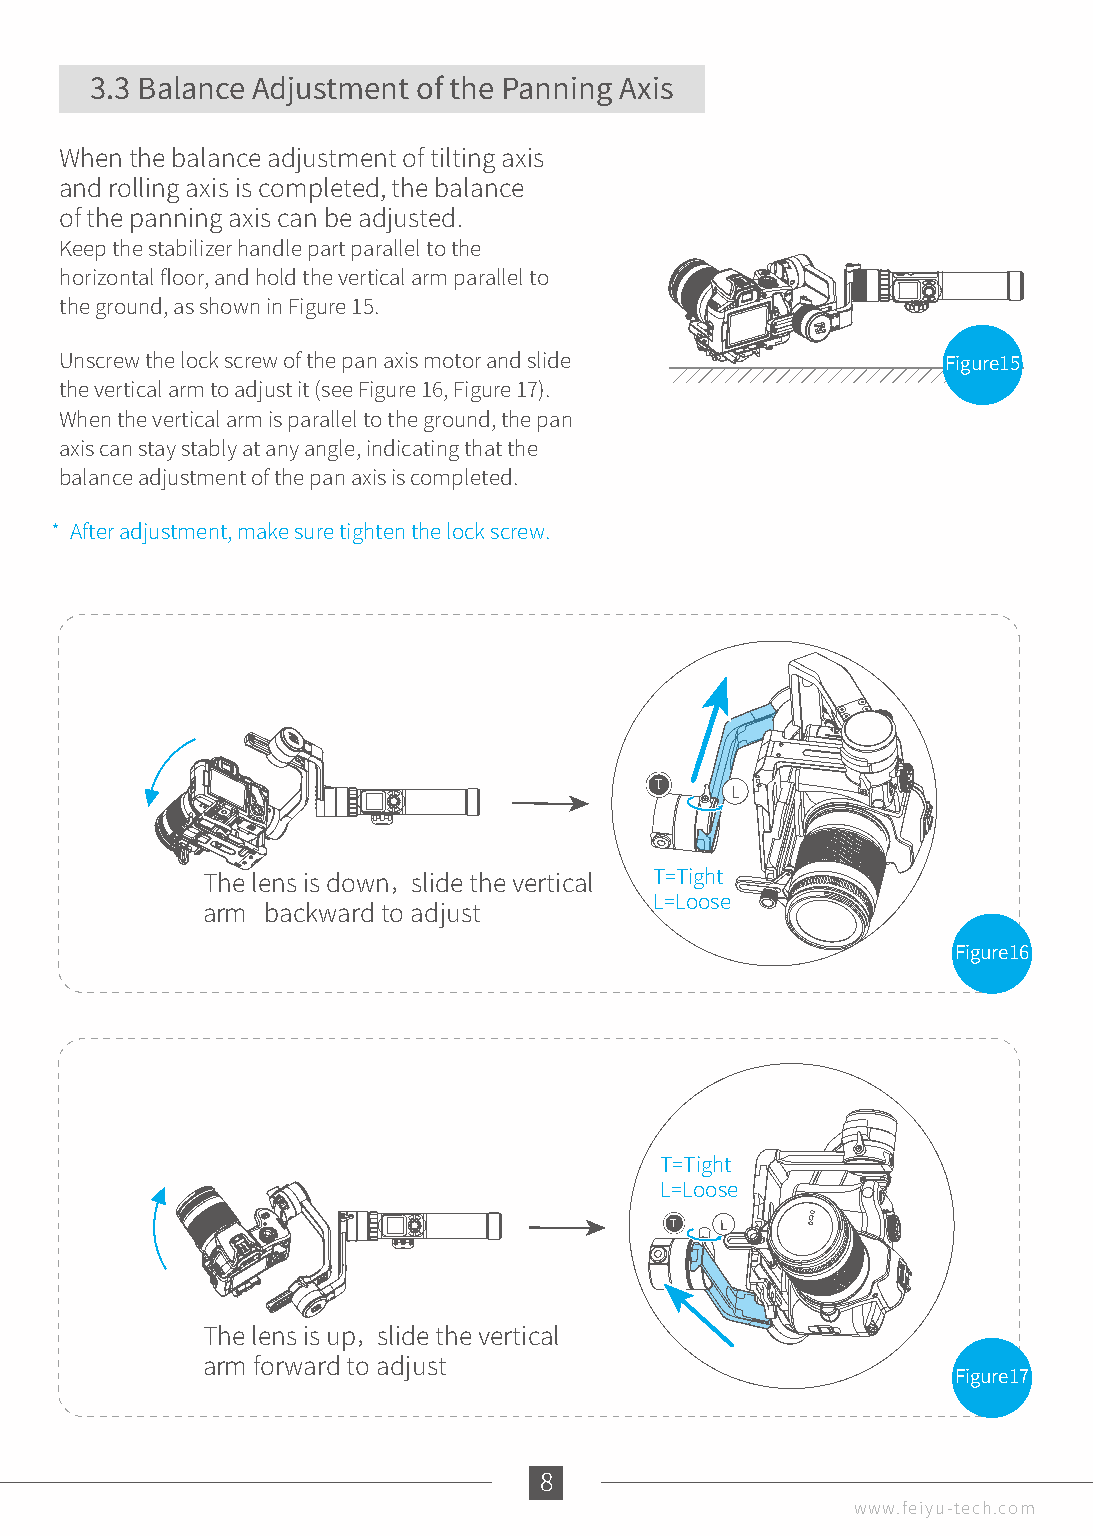
3.3 Balance Adjustment of the Panning Axis
 When the balance adjustment of tilting axis
 and rolling axis is completed, the balance
 of the panning axis can be adjusted.
 Keep the stabilizer handle part parallel to the
 horizontal floor, and hold the vertical arm parallel to
 the ground, as shown in Figure 15.
 Unscrew the lock screw of the pan axis motor and slide     Figure15
 the vertical arm to adjust it (see Figure 16, Figure 17).
 When the vertical arm is parallel to the ground, the pan
 axis can stay stably at any angle, indicating that the
 balance adjustment of the pan axis is completed.
 * After adjustment, make sure tighten the lock screw.
 T
 L
 T=Tight
 The lens is down，slide the vertical
 L=Loose
 arm  backward to adjust
 Figure16
 T=Tight
 L=Loose
 T   L
 The lens is up，slide the vertical
 arm forward to adjust
 Figure17
 183
 www.feiyu-tech.com